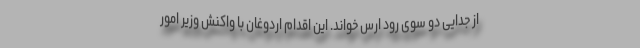
از جدایی دو سوی رود ارس خواند. این اقدام اردوغان با واکنش وزیر امور